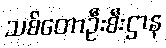
သစ်တောဦးစီးဌာန